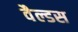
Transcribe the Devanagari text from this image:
वैल्डस